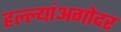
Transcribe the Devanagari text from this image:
हल्ल्यांअगोदर